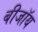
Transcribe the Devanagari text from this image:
बीजॉय